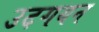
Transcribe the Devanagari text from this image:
उदगयन